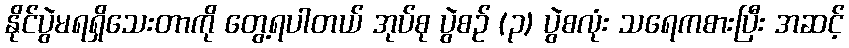
နိုင်ပွဲမရရှိသေးတာကို တွေ့ရပါတယ် အုပ်စု ပွဲစဉ် (၃) ပွဲစလုံး သရေကစားပြီး အဆင့်